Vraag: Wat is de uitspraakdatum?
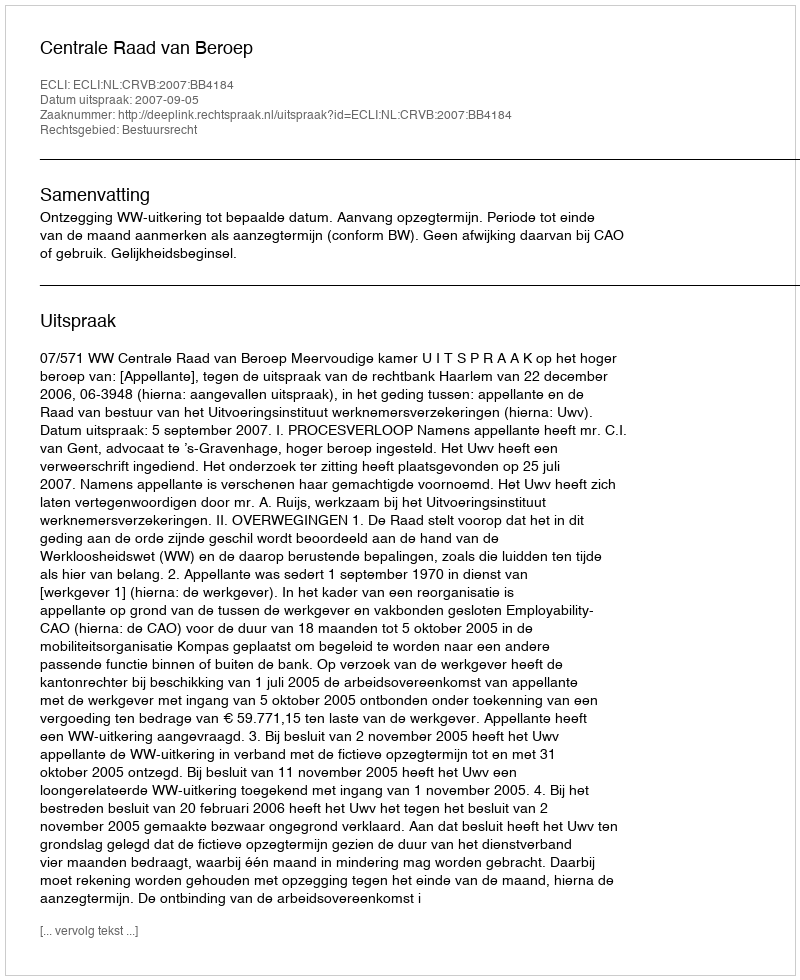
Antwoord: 2007-09-05